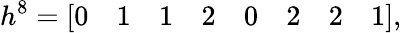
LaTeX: h^{8}=[\begin{array}{cccccccc}{{0}}&{{1}}&{{1}}&{{2}}&{{0}}&{{2}}&{{2}}&{{1}}\end{array}],